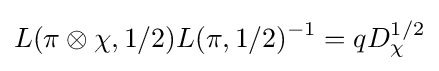
L(\pi \otimes \chi ,1/2)L(\pi ,1/2)^{-1}=qD_{\chi }^{1/2}